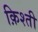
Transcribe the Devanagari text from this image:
क़िश्ती